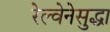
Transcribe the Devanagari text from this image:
रेल्वेनेसुद्धा